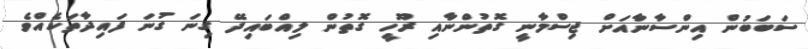
ސަބަބުން އިންސާނާއަށް ޖިސްމާނީ ގޮތުންނާއި ރޫހީ ގޮތުން ލިއްބައިދޭ ގިނަ ގުނަ ފައިދާތަކެއްވެ